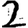
Digit: 2